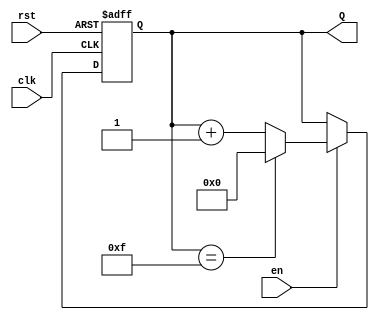
module synchronous_counter #(
    parameter WIDTH = 4,        // Width of the counter (number of bits)
    parameter MAX_COUNT = 15    // Maximum count value (2^WIDTH - 1)
)(
    input wire clk,             // Clock input
    input wire rst,             // Asynchronous reset input
    input wire en,              // Enable input
    output reg [WIDTH-1:0] Q    // Count output
);

    // Asynchronous reset and synchronous counting
    always @(posedge clk or posedge rst) begin
        if (rst) begin
            Q <= 0;              // Reset the counter to zero
        end else if (en) begin
            if (Q == MAX_COUNT) begin
                Q <= 0;          // Wrap around to zero
            end else begin
                Q <= Q + 1;      // Increment the counter
            end
        end
    end

endmodule